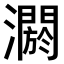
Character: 𤂷